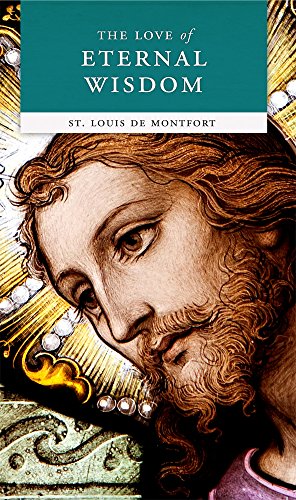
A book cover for Love of Eternal Wisdom; St. Louis De Montfort; Christian Books & Bibles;